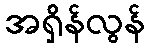
အရှိန်လွန်